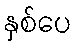
နှစ်ပေ